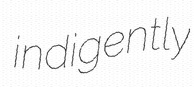
indigently